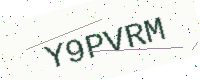
Text: Y9PVRM